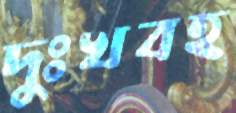
দুঃখবহ